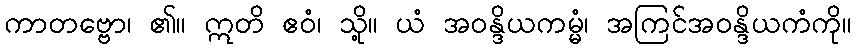
ကာတဗ္ဗော၊ ၏။ ဣတိ ဧဝံ၊ သို့။ ယံ အဝန္ဒိယကမ္မံ၊ အကြင်အဝန္ဒိယကံကို။